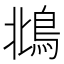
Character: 𩿻